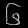
Digit: ၆